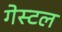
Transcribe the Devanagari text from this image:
गेस्टल